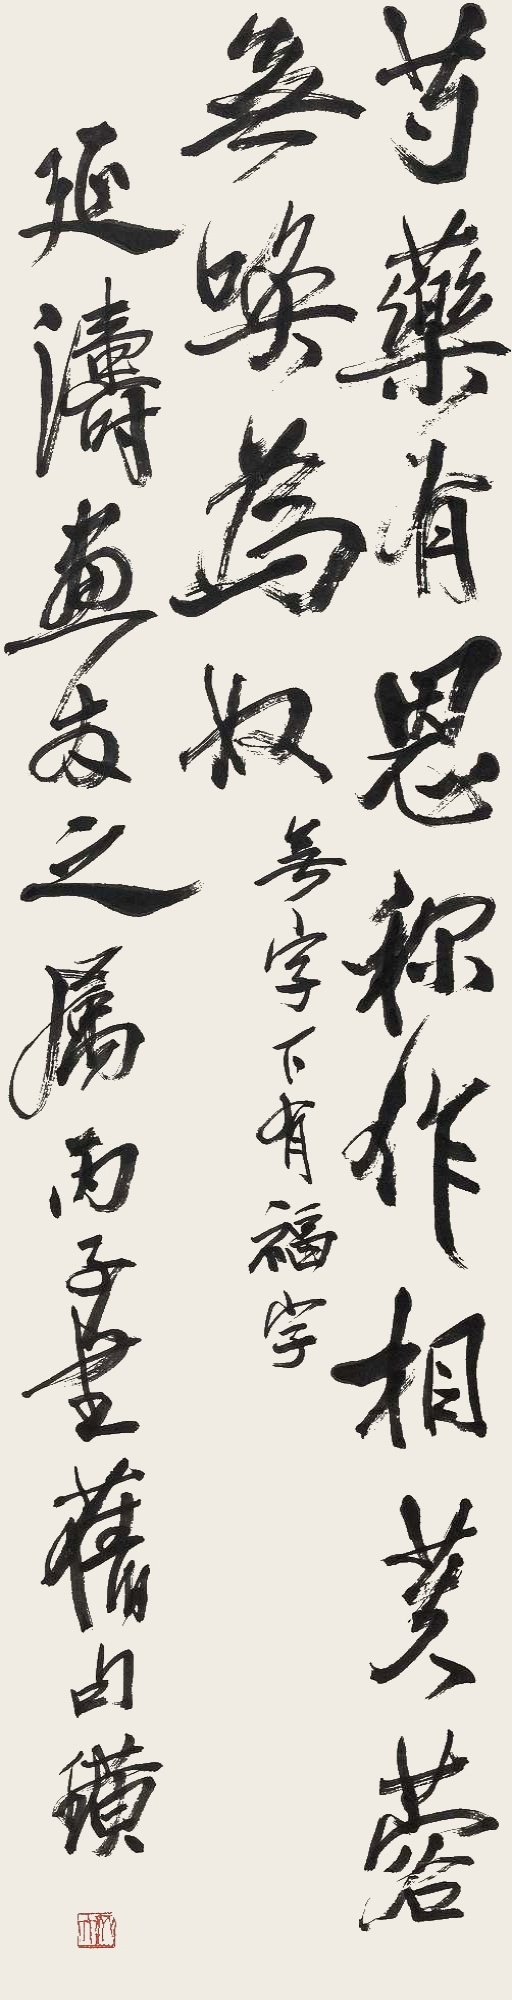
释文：芍药有恩称作相，芙蓉无唤为奴。无字下有福字。延涛画友之属。丙子书旧句。璜。